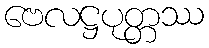
ဗေလဋ္ဌပုတ္တဿ